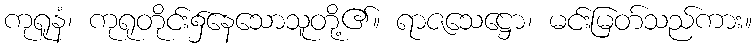
ကုရူနံ၊ ကုရုတိုင်း၌နေသောသူတို့၏။ ရာဇသေဋ္ဌော၊ မင်းမြတ်သည်ကား။